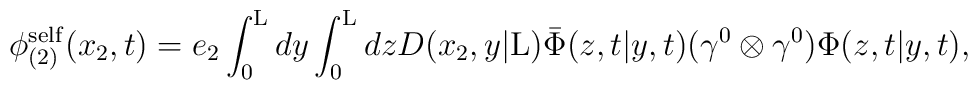
{\phi}_{(2)}^{\rm self}(x_2 ,t)= e_2 \int_0^{\rm L} dy \int_0^{\rm L} dz D(x_2,y|{\rm L})\bar{\Phi}(z,t|y,t) ({\gamma}^0 \otimes {\gamma}^0){\Phi}(z,t|y,t),